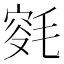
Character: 𣮯